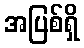
အပြစ်ရှိ